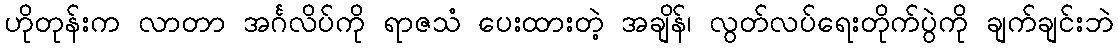
ဟိုတုန်းက လာတာ အင်္ဂလိပ်ကို ရာဇသံ ပေးထားတဲ့ အချိန်၊ လွတ်လပ်ရေးတိုက်ပွဲကို ချက်ချင်းဘဲ